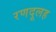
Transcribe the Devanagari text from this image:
रणदूलह